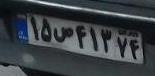
۱۵ص۴۱۳۷۴